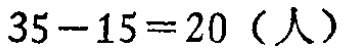
\(35 - 15 = 20\)（人）